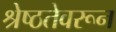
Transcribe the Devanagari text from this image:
श्रेष्ठतेवरून